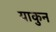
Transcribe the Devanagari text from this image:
याकुन